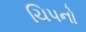
ચિપનો